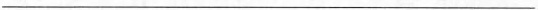
___